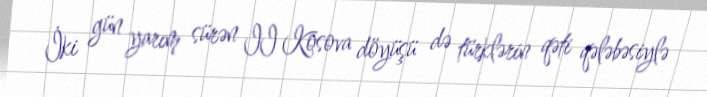
İki gün yarım sürən II Kosova döyüşü də türklərin qəti qələbəsiylə